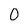
Character: 0